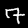
Digit: 7